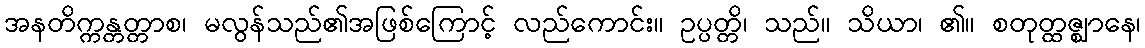
အနတိက္ကန္တတ္တာစ၊ မလွန်သည်၏အဖြစ်ကြောင့် လည်ကောင်း။ ဥပ္ပတ္တိ၊ သည်။ သိယာ၊ ၏။ စတုတ္ထဇ္ဈာနေ၊